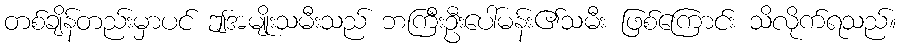
တစ်ချိန်တည်းမှာပင် ဤအမျိုးသမီးသည် ဘကြီးဦးပေါ်မန်း၏သမီး ဖြစ်ကြောင်း သိလိုက်ရသည်။